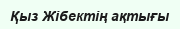
Қыз Жібектің ақтығы